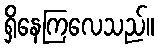
ရှိနေကြလေသည်။